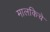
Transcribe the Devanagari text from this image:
मालकिचे